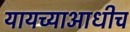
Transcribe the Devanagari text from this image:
यायच्याआधीच